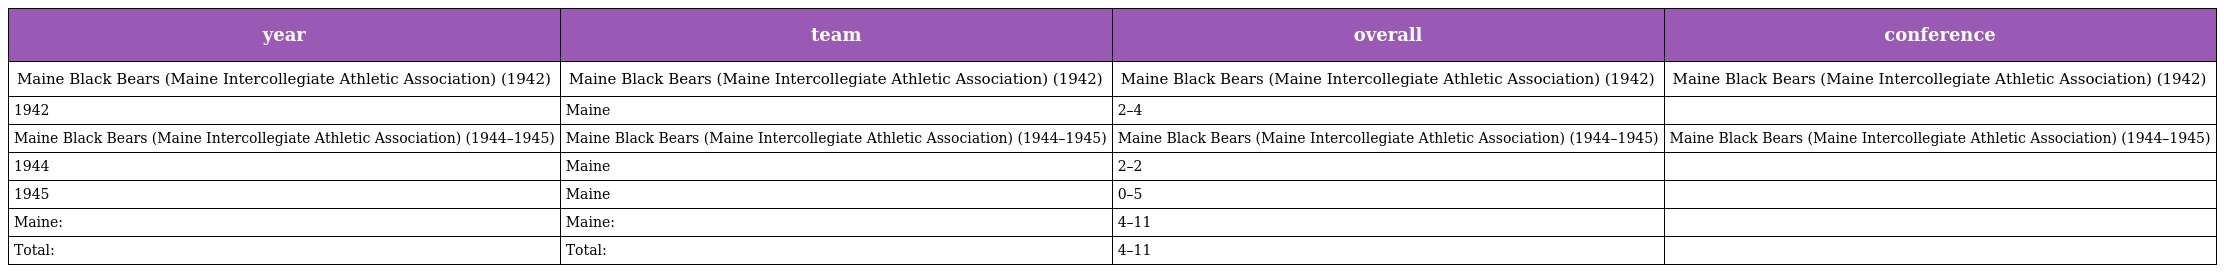
| year | team | overall | conference |
 | --- | --- | --- | --- |
 | Maine Black Bears (Maine Intercollegiate Athletic Association) (1942) | Maine Black Bears (Maine Intercollegiate Athletic Association) (1942) | Maine Black Bears (Maine Intercollegiate Athletic Association) (1942) | Maine Black Bears (Maine Intercollegiate Athletic Association) (1942) |
 | 1942 | Maine | 2–4 |  |
 | Maine Black Bears (Maine Intercollegiate Athletic Association) (1944–1945) | Maine Black Bears (Maine Intercollegiate Athletic Association) (1944–1945) | Maine Black Bears (Maine Intercollegiate Athletic Association) (1944–1945) | Maine Black Bears (Maine Intercollegiate Athletic Association) (1944–1945) |
 | 1944 | Maine | 2–2 |  |
 | 1945 | Maine | 0–5 |  |
 | Maine: | Maine: | 4–11 |  |
 | Total: | Total: | 4–11 |  |